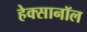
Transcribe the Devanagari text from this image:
हेक्सानॉल